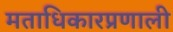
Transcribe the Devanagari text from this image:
मताधिकारप्रणाली